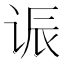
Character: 𫍨